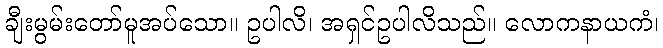
ချီးမွမ်းတော်မူအပ်သော။ ဥပါလိ၊ အရှင်ဥပါလိသည်။ လောကနာယကံ၊